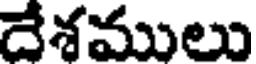
దేశములు